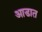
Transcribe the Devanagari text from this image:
आडात